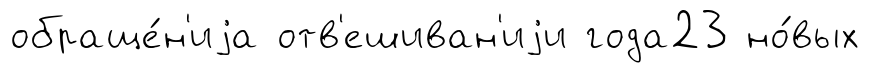
обраще́н'иjа отв'ешиван'иjи года23 но́вых